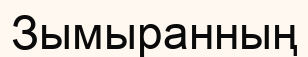
Зымыранның